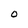
Character: O